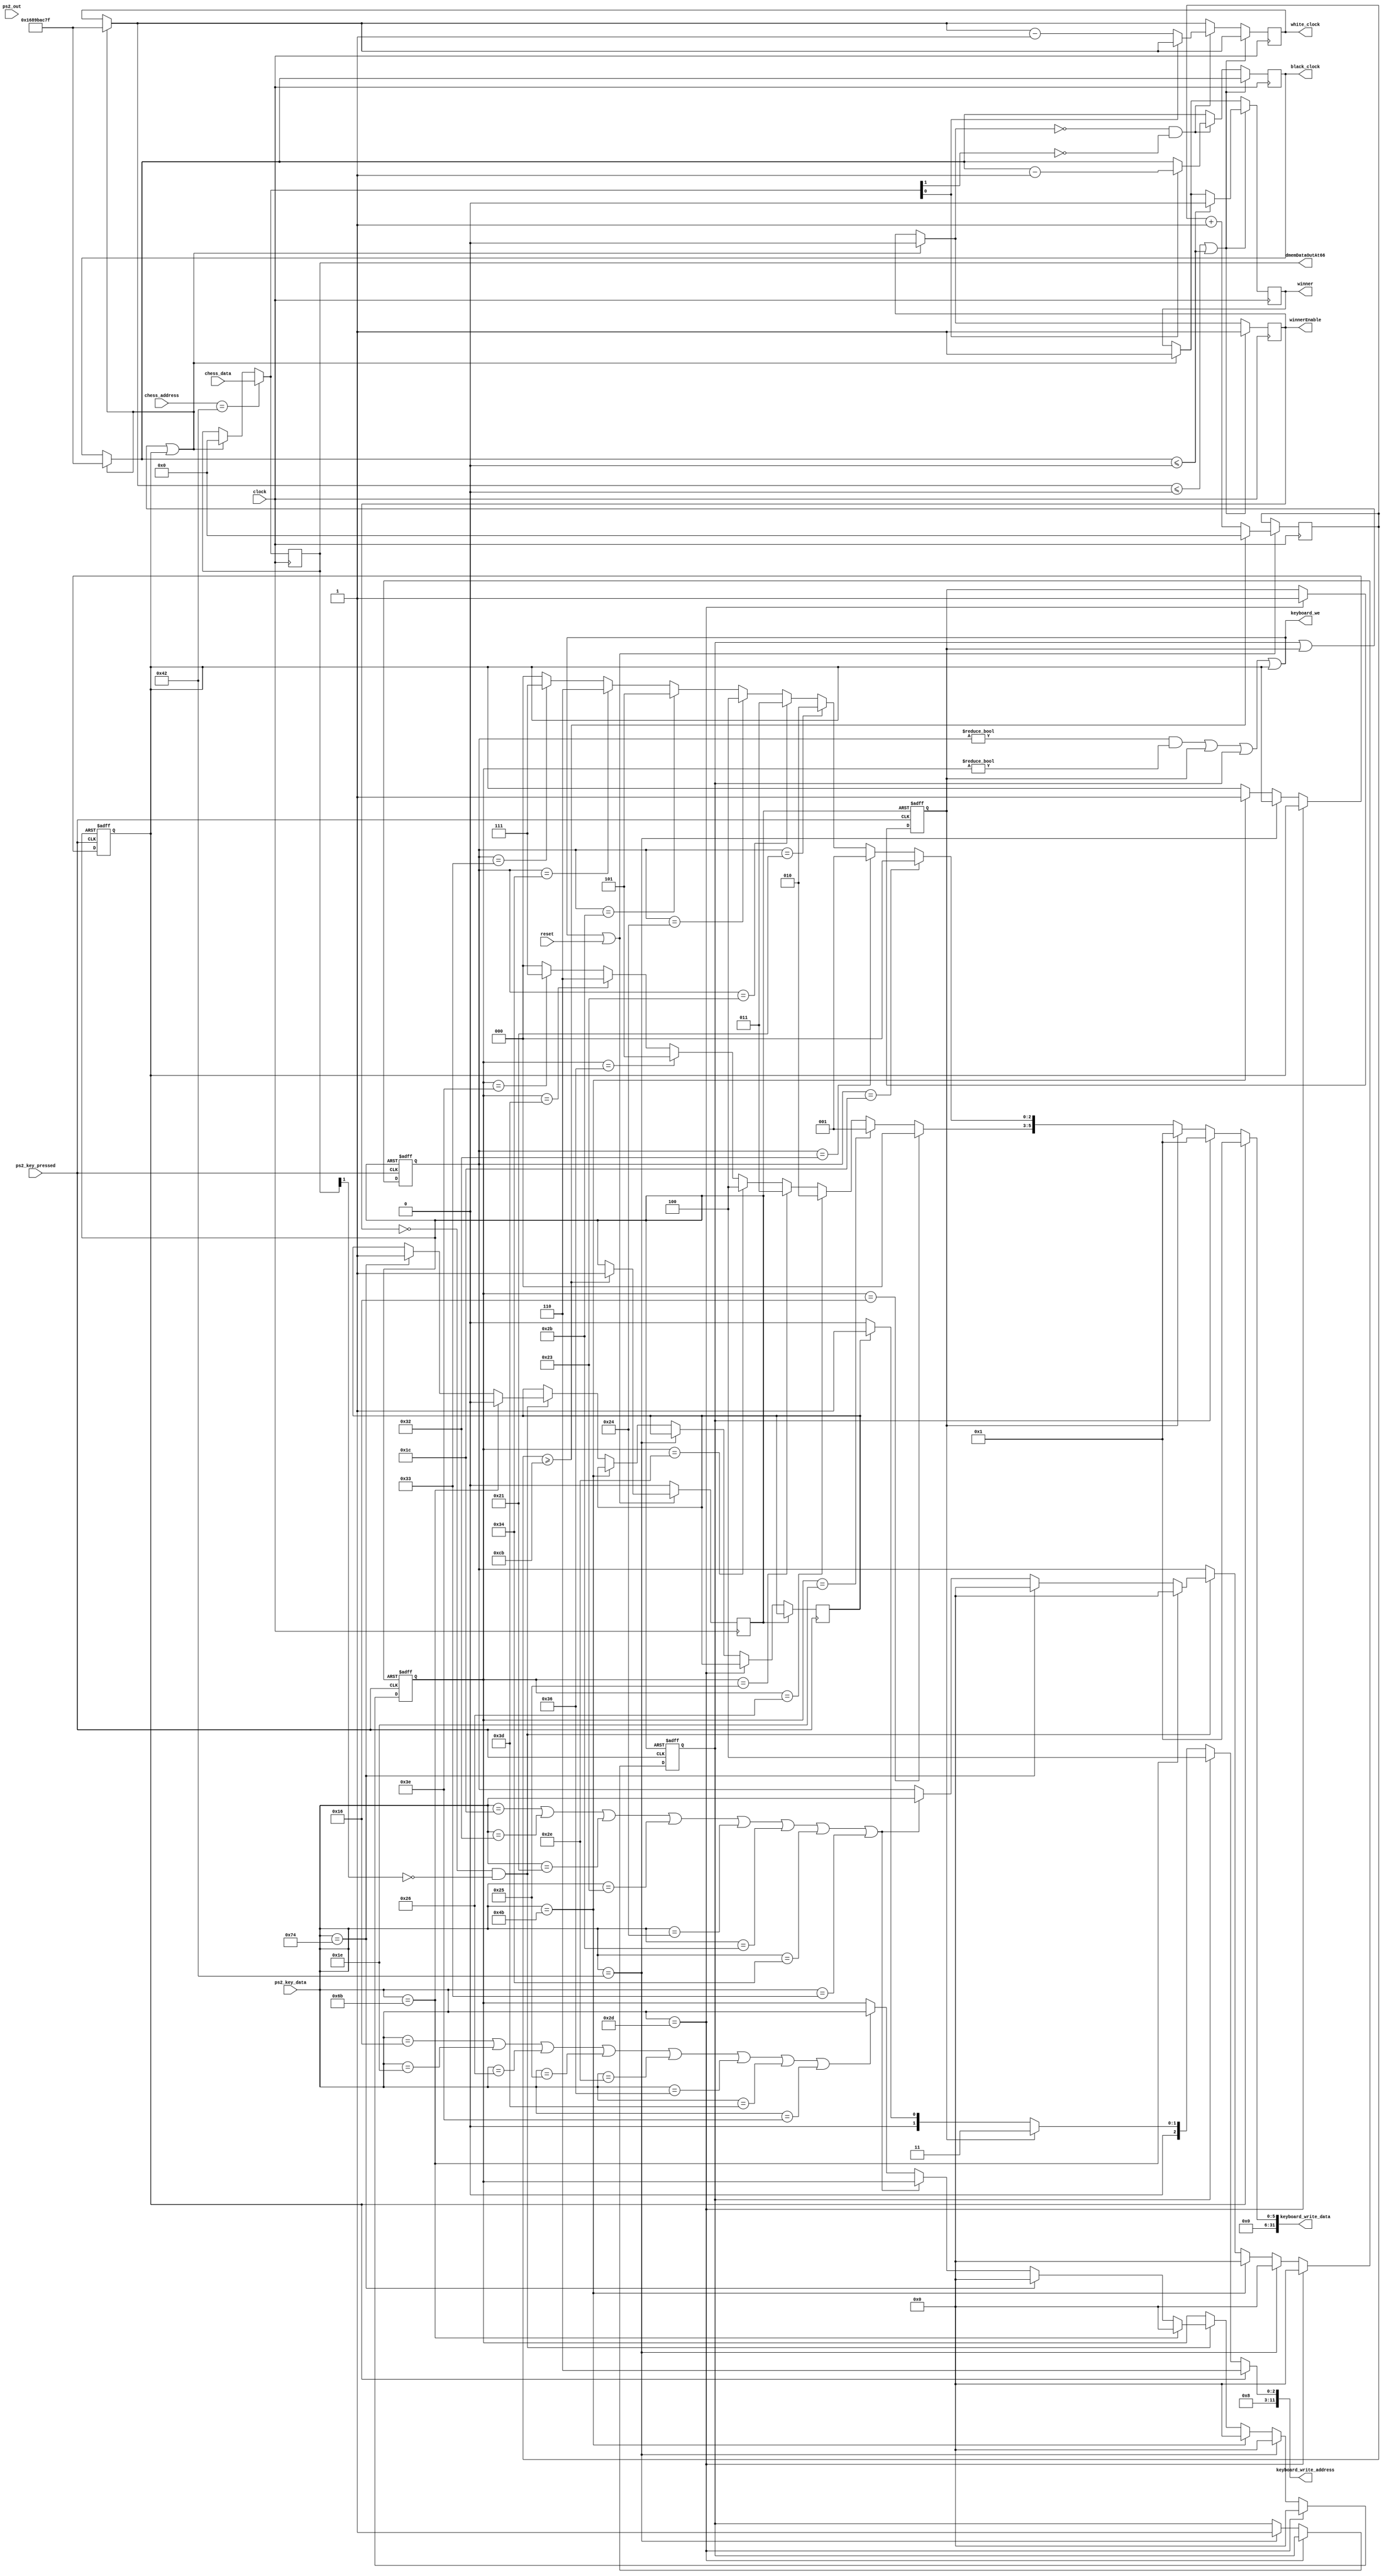
module keyboard_input(clock, reset, ps2_key_data, ps2_key_pressed, ps2_out, 
keyboard_we, keyboard_write_data, keyboard_write_address, 
chess_address, chess_data, black_clock, white_clock, winner, winnerEnable, dmemDataOutAt66);

	//INPUTS FROM MAIN
	input [11:0] chess_address;
	input [31:0] chess_data;
	
	//Regular Inputs
	input clock, reset; //global reset???
	
	input	[7:0]	 ps2_key_data;
	input			 ps2_key_pressed;
	input	[7:0]	 ps2_out;
	
	
	output [41:0] black_clock, white_clock;
	output reg winner, winnerEnable;
	
	output keyboard_we;
	output [31:0] keyboard_write_data;
	output [11:0] keyboard_write_address;
	
	output [31:0] dmemDataOutAt66;
	
	reg r_hit;
	reg k_hit;
	reg l_hit;
	
	assign keyboard_write_address = l_hit ? 12'd70 : 
											  k_hit ? 12'd68 : 
											  r_hit ? 12'd67 : 
											  receivingInput2 ? 12'd65 : 12'd64;
	assign keyboard_we = (last_input_letter != 8'b0 && last_input_number != 8'b0) || r_hit || k_hit || l_hit;
	//END OF INPUTS AND OUTPUTS
	
	wire key_just_released;//check if this works? interchange between ps2_key_out and ps2_key_data depending on what works
	assign key_just_released = ps2_out == 8'hF0;
	
	wire reg_reset;
	
//	reg reg_reset;
//	assign reg_reset = keyboard_we;
	assign reg_reset = (last_input_letter != 8'b0 && last_input_number != 8'b0) || r_hit || k_hit || l_hit || reset;
//	assign reg_reset = reset;

	//TIMER INIT
	reg [41:0] white_clock;
	reg [41:0] black_clock;
	reg [31:0] dmemDataOutAt66;
	
	
	reg receivingInput2;
	
	reg [7:0] last_input_letter;
	reg [7:0] last_input_number;
	reg one_cycle_passed;
	reg [31:0] cnter;
	initial begin
			last_input_letter = 8'b0;
			last_input_number = 8'b0;
			r_hit = 1'b0;
			k_hit = 1'b0;
			l_hit = 1'b0;
			one_cycle_passed = 1'b0;
			cnter = 32'd0;
//			reg_reset = 1'b0;	

			//clock
			winnerEnable = 1'b0;
			winner = 1'b1;
			white_clock = 41'd6049999999;
			black_clock = 41'd6049999999;
//			white_clock = 41'd15000000000;
//			black_clock = 41'd15000000000;
			dmemDataOutAt66 = 32'd0;
	
	end
	
	wire [2:0] keyboard_letter_conv;
	assign keyboard_letter_conv = last_input_letter == 8'h1C ? 3'd0
											: last_input_letter == 8'h32 ? 3'd1
											: last_input_letter == 8'h21 ? 3'd2
											: last_input_letter == 8'h23 ? 3'd3
											: last_input_letter == 8'h24 ? 3'd4
											: last_input_letter == 8'h2B ? 3'd5
											: last_input_letter == 8'h34 ? 3'd6
											: last_input_letter == 8'h33 ? 3'd7
											: 3'd0;
	wire [2:0] keyboard_number_conv;
	assign keyboard_number_conv = last_input_number == 8'h16 ? 3'd0
											: last_input_number == 8'h1E ? 3'd1
											: last_input_number == 8'h26 ? 3'd2
											: last_input_number == 8'h25 ? 3'd3
											: last_input_number == 8'h2E ? 3'd4
											: last_input_number == 8'h36 ? 3'd5
											: last_input_number == 8'h3D ? 3'd6
											: last_input_number == 8'h3E ? 3'd7
											: 3'd0;
	assign keyboard_write_data = l_hit ? 32'd1 : k_hit ? 32'd1 : r_hit ? 32'd1 : {1'b0, 1'b0, 1'b0, 1'b0, 1'b0, 1'b0, 1'b0, 1'b0, 1'b0, 1'b0, 1'b0, 
											1'b0, 1'b0, 1'b0, 1'b0, 1'b0, 1'b0, 1'b0, 1'b0, 1'b0, 1'b0, 1'b0, 1'b0, 1'b0, 1'b0, 1'b0,
											keyboard_number_conv[2], keyboard_number_conv[1], keyboard_number_conv[0],
											keyboard_letter_conv[2], keyboard_letter_conv[1], keyboard_letter_conv[0]};

//	always @(posedge clock)
//	begin
//		if (reg_reset == 1'b1) begin
//			last_input_letter <= 8'h00;
//			last_input_number <= 8'h00;
//			r_hit = 1'b0;
//		end
//		else begin
//			if (ps2_key_data == 8'h6B) begin//left arrow
//				receivingInput2 <= 1'b0;
//				last_input_letter <= 8'h00;
//				last_input_number <= 8'h00;
//			end
//			else if(ps2_key_data == 8'h74) begin//right arrow
//				receivingInput2 <= 1'b1;
//				last_input_letter <= 8'h00;
//				last_input_number <= 8'h00;
//			end
//			else if(ps2_key_data == 8'h1C//A
//					|| ps2_key_data == 8'h32//B
//					|| ps2_key_data == 8'h21//C
//					|| ps2_key_data == 8'h23//D
//					|| ps2_key_data == 8'h24//E
//					|| ps2_key_data == 8'h2B//F
//					|| ps2_key_data == 8'h34//G
//					|| ps2_key_data == 8'h33) begin//H
//				last_input_letter <= ps2_key_data;
//			end
//			else if(ps2_key_data == 8'h16//1
//					|| ps2_key_data == 8'h1E//2
//					|| ps2_key_data == 8'h26//3
//					|| ps2_key_data == 8'h25//4
//					|| ps2_key_data == 8'h2E//5
//					|| ps2_key_data == 8'h36//6
//					|| ps2_key_data == 8'h3D//7
//					|| ps2_key_data == 8'h3E) begin//8)
//				last_input_number <= ps2_key_data;
//			end
//			else if(ps2_key_data == 8'h2D) begin //r) begin
//				r_hit <= 1'b1;
//			end
//		end
//	end
	
	
	
	always @(posedge clock)
	begin
		if(k_hit || r_hit || l_hit) begin
			winnerEnable = 1'b0;
			winner = 1'b1;
			white_clock = 41'd6049999999;
			black_clock = 41'd6049999999;
//			white_clock = 41'd15000000000;
//			black_clock = 41'd15000000000;
			dmemDataOutAt66 = 32'd0;
		end
		if (reg_reset == 1'b1) begin
			if (cnter >= 32'd203) begin
				one_cycle_passed = 1'b1;
				cnter = 32'd0;
			end
			else begin
				cnter = cnter + 1;
			end
		end
		else begin
			one_cycle_passed = 1'b0;
		end
		
		
		//counter clock stuff
		if (chess_address == 12'd66) begin
			dmemDataOutAt66 = chess_data;
		end
		if (white_clock <= 0 || black_clock <= 0) begin
			winnerEnable = 1'b1;
			if (black_clock <=0) begin
				winner = 0;
			end
		end
		else if(~winnerEnable && ~dmemDataOutAt66[1]) begin
			if (~dmemDataOutAt66[0]) begin
				white_clock = white_clock - 1;
			end
			else begin
				black_clock = black_clock - 1;
			end
		end
	end
//	always @(posedge clock)
//	begin
//		if (reg_reset == 1'b1) begin
//			if (~ps2_key_pressed) begin
//				one_cycle_passed = 1'b1;
//			end
//		end
//		else begin
//			one_cycle_passed = 1'b0;
//		end
//	end
	
	//the ting???
	always @(posedge ps2_key_pressed or posedge one_cycle_passed)
	begin
		if (one_cycle_passed == 1'b1) begin
			last_input_letter = 8'h00;
			last_input_number = 8'h00;
			r_hit = 1'b0;
			k_hit = 1'b0;
			l_hit = 1'b0;
		end
		else if(ps2_key_data == 8'h2D) begin //r) begin
			r_hit = 1'b1;
			last_input_letter = 8'h00;
			last_input_number = 8'h00;
		end
		else if(ps2_key_data == 8'h42) begin //k) begin
			k_hit = 1'b1;
			last_input_letter = 8'h00;
			last_input_number = 8'h00;
		end
		else if(ps2_key_data == 8'h4B) begin //l) begin
			l_hit = 1'b1;
			last_input_letter = 8'h00;
			last_input_number = 8'h00;
		end
		else if(~winnerEnable && ~dmemDataOutAt66[1]) begin
			if (ps2_key_data == 8'h6B) begin//left arrow
				receivingInput2 = 1'b0;
				last_input_letter = 8'h00;
				last_input_number = 8'h00;
			end
			else if(ps2_key_data == 8'h74) begin//right arrow
				receivingInput2 = 1'b1;
				last_input_letter = 8'h00;
				last_input_number = 8'h00;
			end
			else if(ps2_key_data == 8'h1C//A
					|| ps2_key_data == 8'h32//B
					|| ps2_key_data == 8'h21//C
					|| ps2_key_data == 8'h23//D
					|| ps2_key_data == 8'h24//E
					|| ps2_key_data == 8'h2B//F
					|| ps2_key_data == 8'h34//G
					|| ps2_key_data == 8'h33) begin//H
				last_input_letter = ps2_key_data;
			end
			else if(ps2_key_data == 8'h16//1
					|| ps2_key_data == 8'h1E//2
					|| ps2_key_data == 8'h26//3
					|| ps2_key_data == 8'h25//4
					|| ps2_key_data == 8'h2E//5
					|| ps2_key_data == 8'h36//6
					|| ps2_key_data == 8'h3D//7
					|| ps2_key_data == 8'h3E) begin//8)
				last_input_number = ps2_key_data;
			end
		end
	end
	
	
	
endmodule